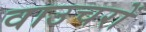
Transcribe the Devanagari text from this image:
वाउचरों